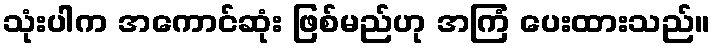
သုံးပါက အကောင်ဆုံး ဖြစ်မည်ဟု အကြံ ပေးထားသည်။